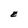
Character: E